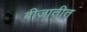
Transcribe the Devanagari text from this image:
बीजातीत